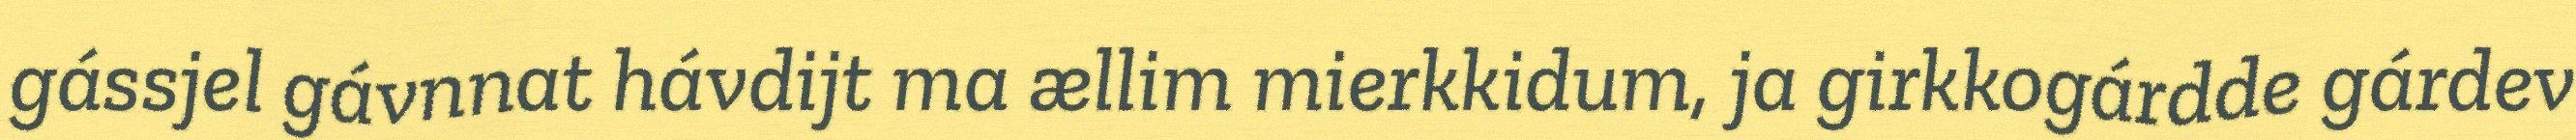
gássjel gávnnat hávdijt ma ællim mierkkidum, ja girkkogárdde gárdev